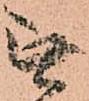
無